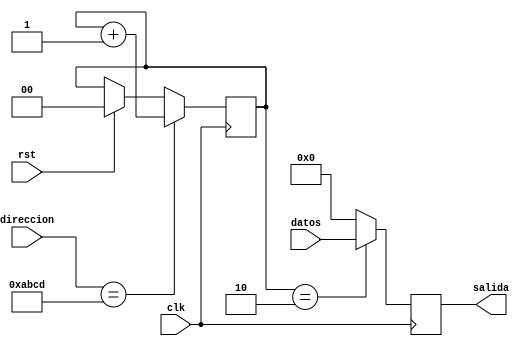
`timescale 1ns / 1ps
//////////////////////////////////////////////////////////////////////////////////
// Company: 
// Engineer: 
// 
// Design Name: 
// Module Name:    GPIO 
// Project Name: 
// Target Devices: 
// Tool versions: 
// Description: 
//
// Dependencies: 
//
// Revision: 
// Revision 0.01 - File Created
// Additional Comments: 
//
//////////////////////////////////////////////////////////////////////////////////
module GPIO(

input[31:0] direccion, //Direccin que se usar para elevar contador cuando esta sea 0xABCD
input[31:0] datos, //datos de entrada en GPIO
input clk, //seal de reloj
input rst, //seal de rst
output reg [31:0] salida //datos de salida en GPIO
    );

reg [1:0] counter; //contador, inicializado en 0
initial
counter<=0;

/*El siguiente bloque se encarga de determinar si la direccin
de entrada es 0xABCD, en caso de serlo, procede a elevar el contador(planteado as
pues en los dump se aprecia que la segunda vez que se apunta a esta direccin finaliza
cdigo de inters)*/

always@(posedge clk)begin
if (direccion== 32'hABCD)
counter<= counter+1; //aumenta contador
else if (rst)
counter<=0;
end


/*En caso de ser ocurrir la coincidencia*/
always@(posedge clk)begin
if (counter==2)
salida<=datos;
else 
salida <=0;
end

endmodule